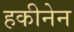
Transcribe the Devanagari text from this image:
हकीनेन